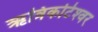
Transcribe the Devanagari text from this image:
ऋत्रिकोटेश्‍वर